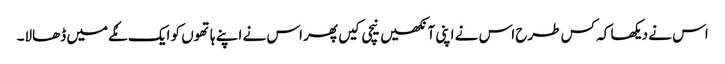
اس نے دیکھا کہ کس طرح اس نے اپنی آنکھیں نیچی کیں پھر اس نے اپنے ہاتھوں کو ایک مُکے میں ڈھالا۔